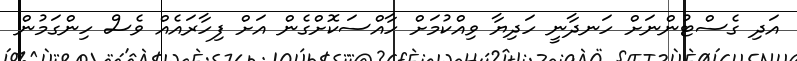
އަދި ގެސްޓުންނަށް ހަނދާނީ ހަދިޔާ ވިއްކުމަށް ހާއްސަކޮށްގެން އަށް ފިހާރައެއް ވެސް ހިންގަމުން